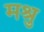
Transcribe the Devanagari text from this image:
मश्रु